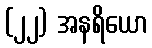
(၂၂) အနရိယော